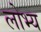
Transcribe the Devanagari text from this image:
लोभ्य